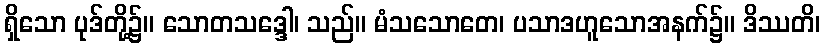
ရှိသော ပုဒ်တို့၌။ သောတသဒ္ဒေါ၊ သည်။ မံသသောတေ၊ ပသာဒဟူသောအနက်၌။ ဒိဿတိ၊